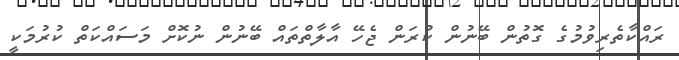
ރައްކާތެރިވުމުގެ ގޮތުން ބޭނުން ކުރަން ޖެހޭ އާލާތްތައް ބޭނުން ނުކޮށް މަސައްކަތް ކުރުމަކީ